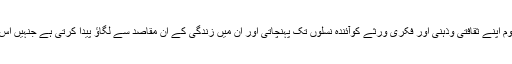
تعلیم سے ہی ایک قوم اپنے ثقافتی وذہنی اور فکری ورثے کوآئندہ نسلوں تک پہنچاتی اور ان میں زندگی کے ان مقاصد سے لگاؤ پیدا کرتی ہے جنہیں اس نے اختیار کیا ہے۔